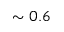
\sim 0 . 6